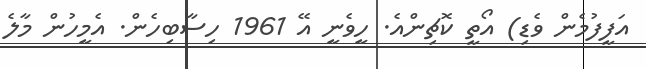
އަފީފުމެން ވެޑި) އޯތީ ކޮޗިންއެ. ހީވެނީ އޭ 1961 ހިސާބިހެން. އެމީހުން މާލެ